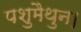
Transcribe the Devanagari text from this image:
पशुमैथुन।